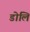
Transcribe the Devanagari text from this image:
डोलि